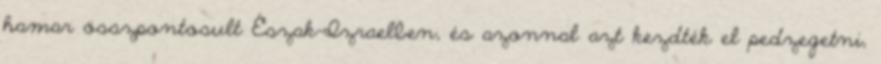
hamar összpontosult Észak-Izraelben, és azonnal azt kezdték el pedzegetni,